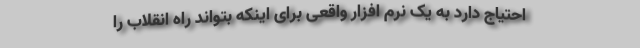
احتیاج دارد به یک نرم افزار واقعی برای اینکه بتواند راه انقلاب را